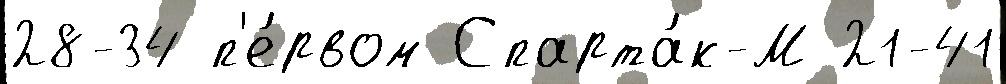
28-34 п'е́рвом Спарта́к-М 21-41